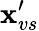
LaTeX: \textbf{x}_{vs}^{\prime}